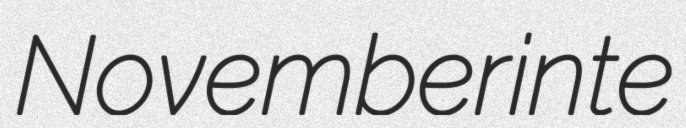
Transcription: Novemberinte